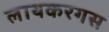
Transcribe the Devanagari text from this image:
लायकरगस